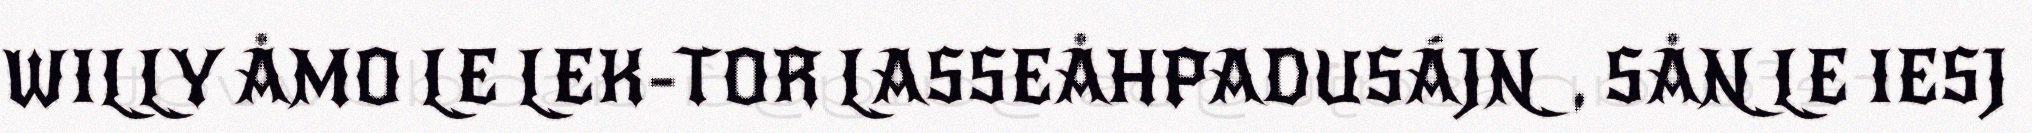
WILLY ÅMO LE LEK-TOR LASSEÅHPADUSÁJN, SÅN LE IESJ